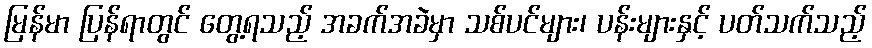
မြန်မာ ပြန်ရာတွင် တွေ့ရသည့် အခက်အခဲမှာ သစ်ပင်များ၊ ပန်းများနှင့် ပတ်သက်သည့်